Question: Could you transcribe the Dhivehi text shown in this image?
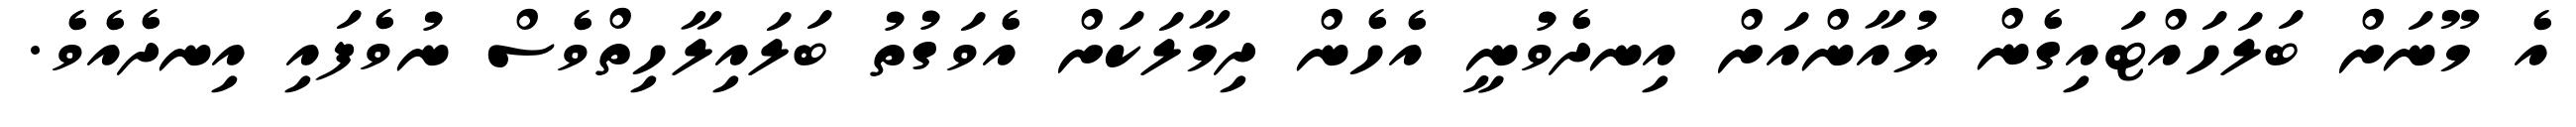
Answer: އެ މޫނަށް ބަލަހައްޓައިގެން ޔުއާންއަށް އިނދެވުނީ އެހެން ދިމާލަކަށް އެވަގުތު ބަލައިލާހިތްވެސް ނުވެފައި އިނދެއެވެ.